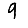
Digit: 9